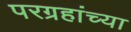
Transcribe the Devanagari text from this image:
परग्रहांच्या